Annual report on the working of the lock hospitals in the Central Provinces
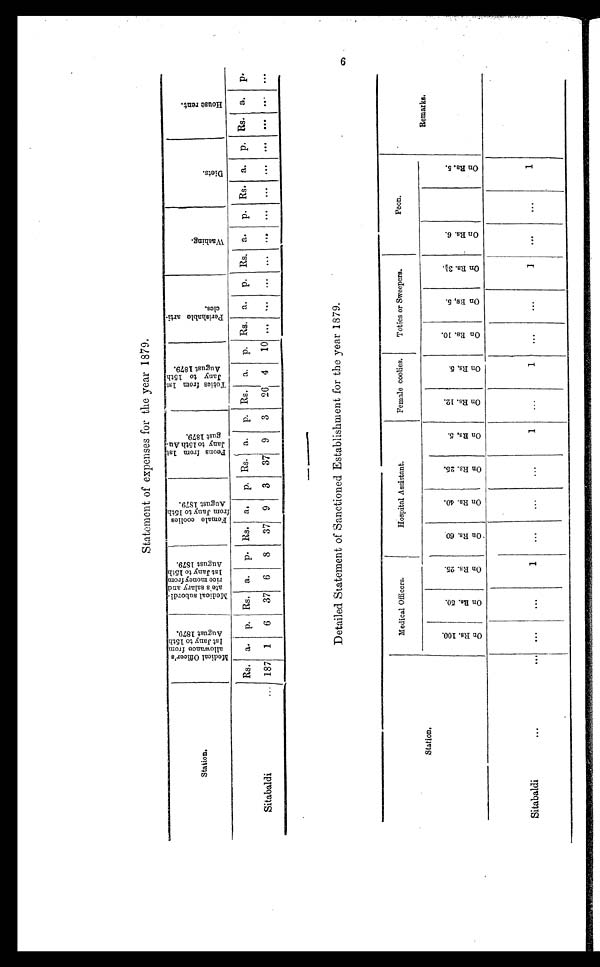
Statement of expenses for the year 1879.
Station.
M e d i c a l o f f i c e r ’ s a l l o w a n c e f r o m l s t j a n y t o 1 5 t h A u g u s t 1 8 7 9
M e d i c a l s u d o r d i a t e s s a l a r y a n d r i c e m o n e y f r o m l s t j a n y t o 1 5 t h A u g u s t 1 8 7 9
F e n a l e c o o l i e s f r o m j a n y t o 1 5 t h a u g u s t 1 8 7 9
p e o n s f r o m l s t j a n y t o 1 5 t h a u g u s t 1 8 7 9
T o t i e s f r o m l s t j a n y t o 1 5 t h a u g u s t 1 8 7 9
p e r i s h a b l e a r t i c l e s
W a s h i n g
D i e t s
Houser ent
Sitabaldi
...
Rs.
187
a.
1
p.
6
Rs.
37
a.
6
p.
8
Rs.
37
a.
9
p.
3
Rs.
37
a.
9
p.
3
Rs.
26
a.
4
p.
10
Rs.
...
a.
. . .
p.
. . .
Rs. . . . a. . . .
p. . . . Rs. . . . a. . . . p. . . . Rs.
...
a.
. . .
p.
...
Detailed Statement of Sanctioned Establishment for the year 1879.
Medical Officers.
Hospital Assistant.
Female coolies,
Toties or Sweepers.
Peon.
Station.
o n R s 1 0 0
o n R s 5 0
o n R s 2 5
o n R s 6 0
o n R s 4 0
o n R s 2 5
o n R s 5
o n R s 1 2
o n R s 5
o n R s 1 0
o n R s 5
o n R s 5
o n R s 3 ½
o n R s 6
o n R s 5
Remarks.
Sitabaldi
...
. . .
. . .
. . .
. . .
. . .
. . .
. .
1
1
. . . •
.... •
1
. . . .
. . .
1
. . . .